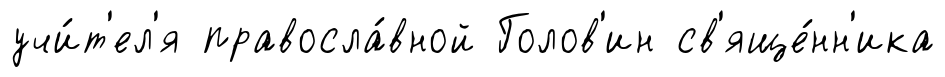
учи́т'ел'я правосла́вной Голов'ин св'яще́нн'ика